画像に写った文字を読んでください
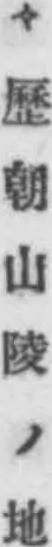
「々歷朝山陵ノ地」と書いてあります